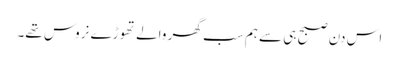
اس دن صبح ہی سے ہم سب گھر والے تھوڑے نروس تھے۔